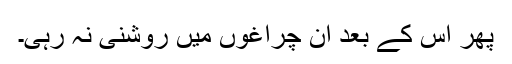
پھر اس کے بعد ان چراغوں میں روشنی نہ رہی۔